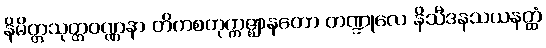
နိမိတ္တသုတ္တဝဏ္ဏနာ တိကစတုက္ကဇ္ဈာနတော တဏ္ဍုလေ နိသီဒနသယနတ္ထံ